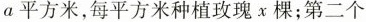
a平方米，每平方米种植玫瑰x棵；第二个